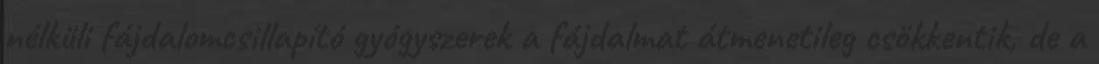
nélküli fájdalomcsillapító gyógyszerek a fájdalmat átmenetileg csökkentik, de a